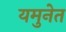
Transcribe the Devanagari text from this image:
यमुनेत